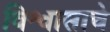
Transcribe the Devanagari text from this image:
विश्वासाचे